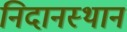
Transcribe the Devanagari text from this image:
निदानस्थान